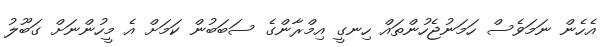
އެހެން ނަމަވެސް ހަމަނުޖެހުންތައް ހިނގީ އިމްރާންގެ ސަބަބުން ކަމަށް އެ މީހުންނަށް ގަބޫލު